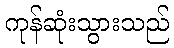
ကုန်ဆုံးသွားသည်